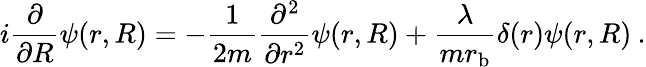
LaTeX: i\frac{\partial}{\partial R}\psi(r,R)=-\frac{1}{2m}\frac{\partial^{2}}{\partial r^{2}}\psi(r,R)+\frac{\lambda}{mr_{\mathrm{b}}}\delta(r)\psi(r,R)\: .